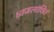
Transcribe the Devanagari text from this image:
ध्वजलांछितं